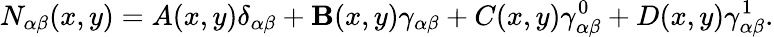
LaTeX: N_{\alpha\beta}(x,y)=A(x,y)\delta_{\alpha\beta}+\mathbf{B}(x,y)\gamma_{\alpha\beta}+C(x,y)\gamma_{\alpha\beta}^{0}+D(x,y)\gamma_{\alpha\beta}^{1}.